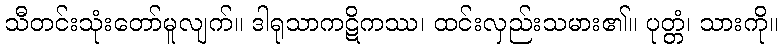
သီတင်းသုံးတော်မူလျက်။ ဒါရုသာကဋိကဿ၊ ထင်းလှည်းသမား၏။ ပုတ္တံ၊ သားကို။